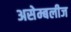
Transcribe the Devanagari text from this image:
असेम्बलीज